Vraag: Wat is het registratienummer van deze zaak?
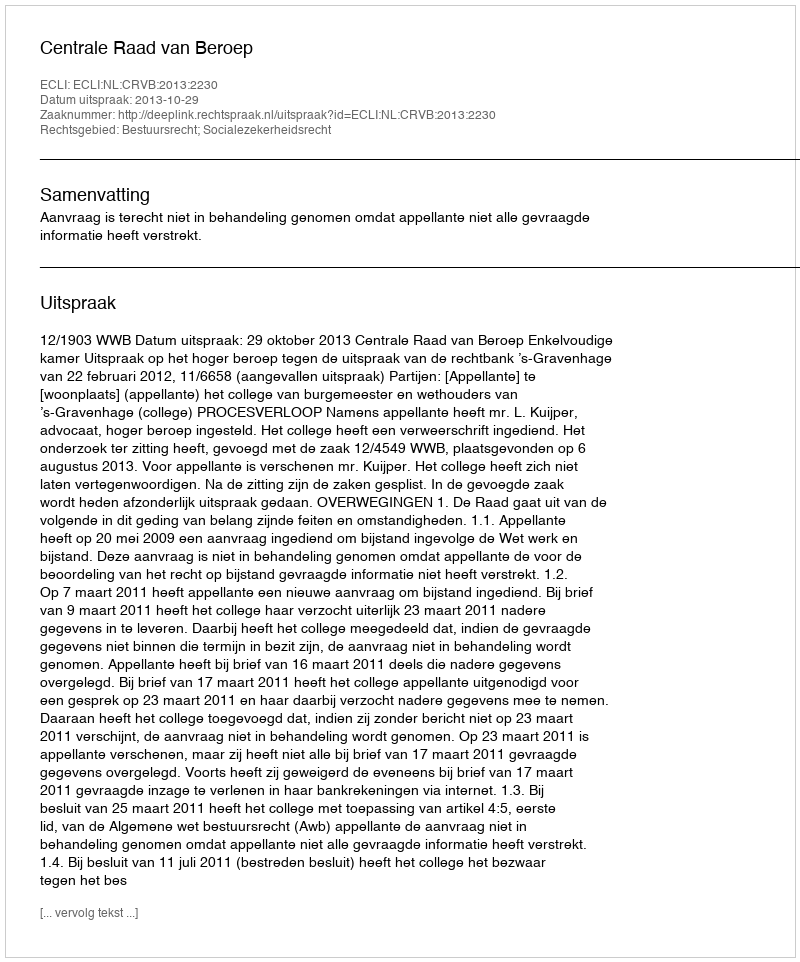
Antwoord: http://deeplink.rechtspraak.nl/uitspraak?id=ECLI:NL:CRVB:2013:2230